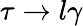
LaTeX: \tau\to l\gamma